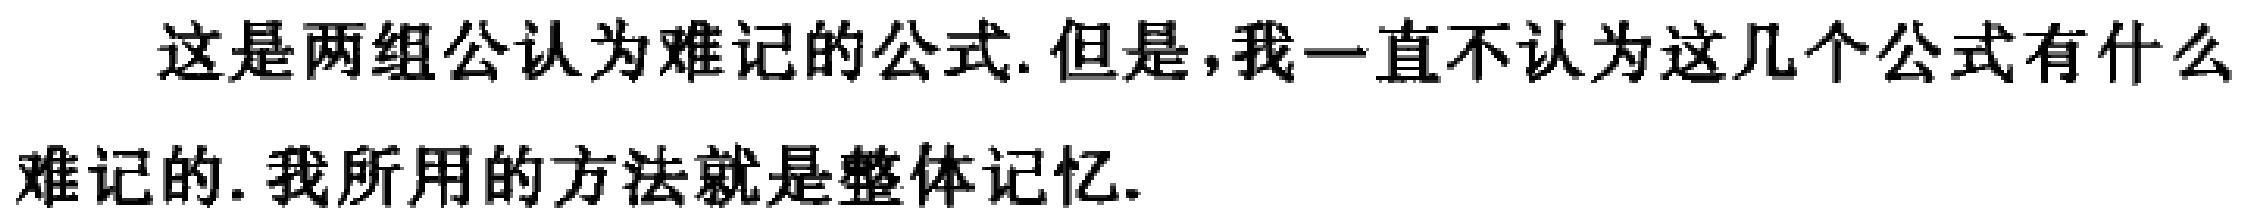
这是两组公认为难记的公式. 但是,我一直不认为这几个公式有什么难记的. 我所用的方法就是整体记忆.